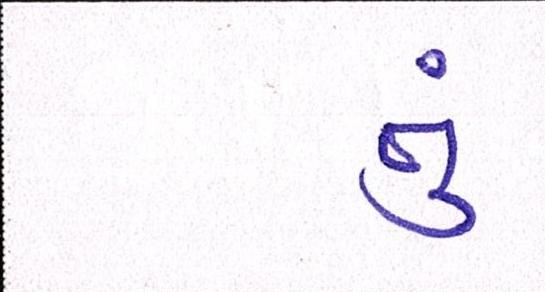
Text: તું